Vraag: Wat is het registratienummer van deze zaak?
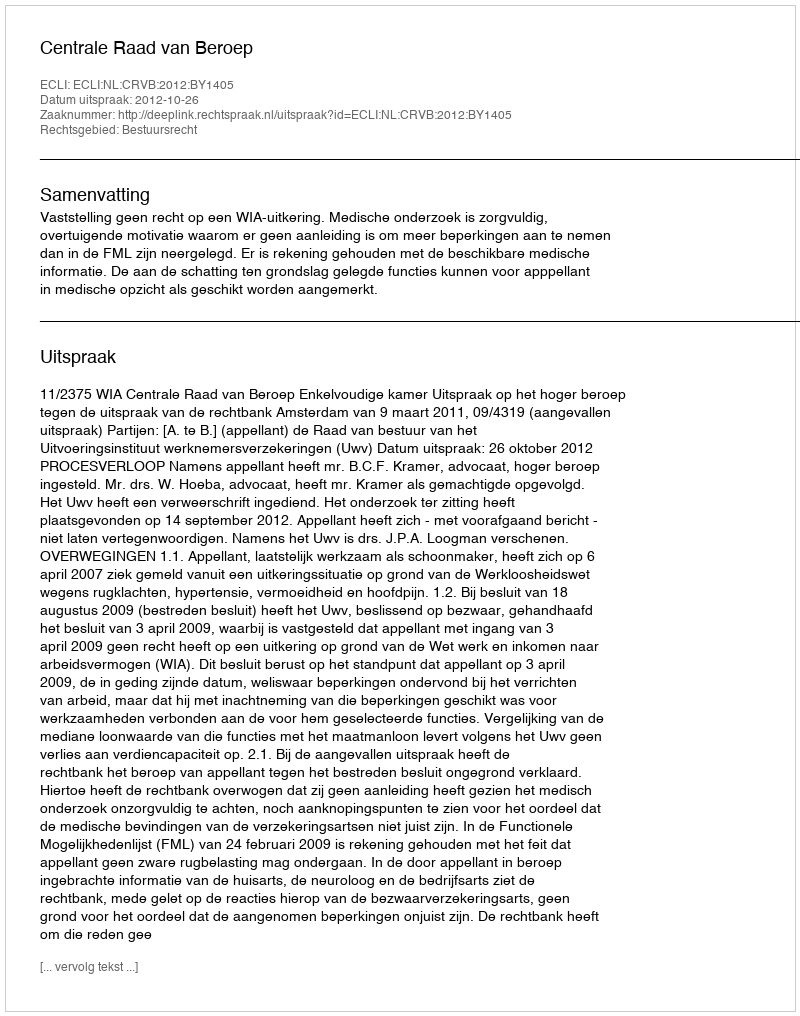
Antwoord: http://deeplink.rechtspraak.nl/uitspraak?id=ECLI:NL:CRVB:2012:BY1405